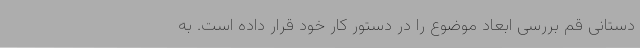
دستانی قم بررسی ابعاد موضوع را در دستور کار خود قرار داده است. به